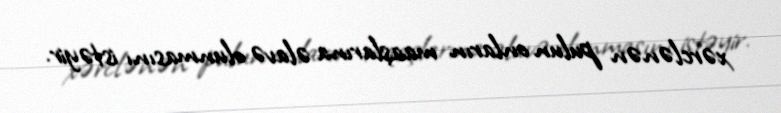
xərclənən pulun onların maaşlarına əlavə olunmasını istəyir.